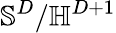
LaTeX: \mathbb{S}^{D}/\mathbb{H}^{D+1}